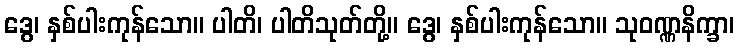
ဒွေ၊ နှစ်ပါးကုန်သော။ ပါတိ၊ ပါတိသုတ်တို့။ ဒွေ၊ နှစ်ပါးကုန်သော။ သုဝဏ္ဏနိက္ခာ၊